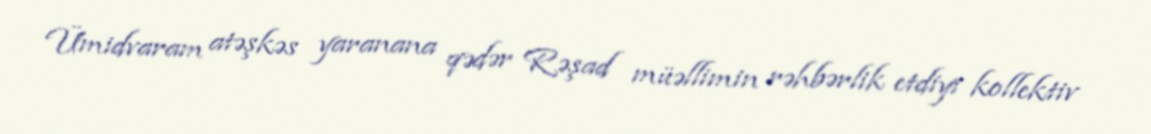
Ümidvaram atəşkəs yaranana qədər Rəşad müəllimin rəhbərlik etdiyi kollektiv